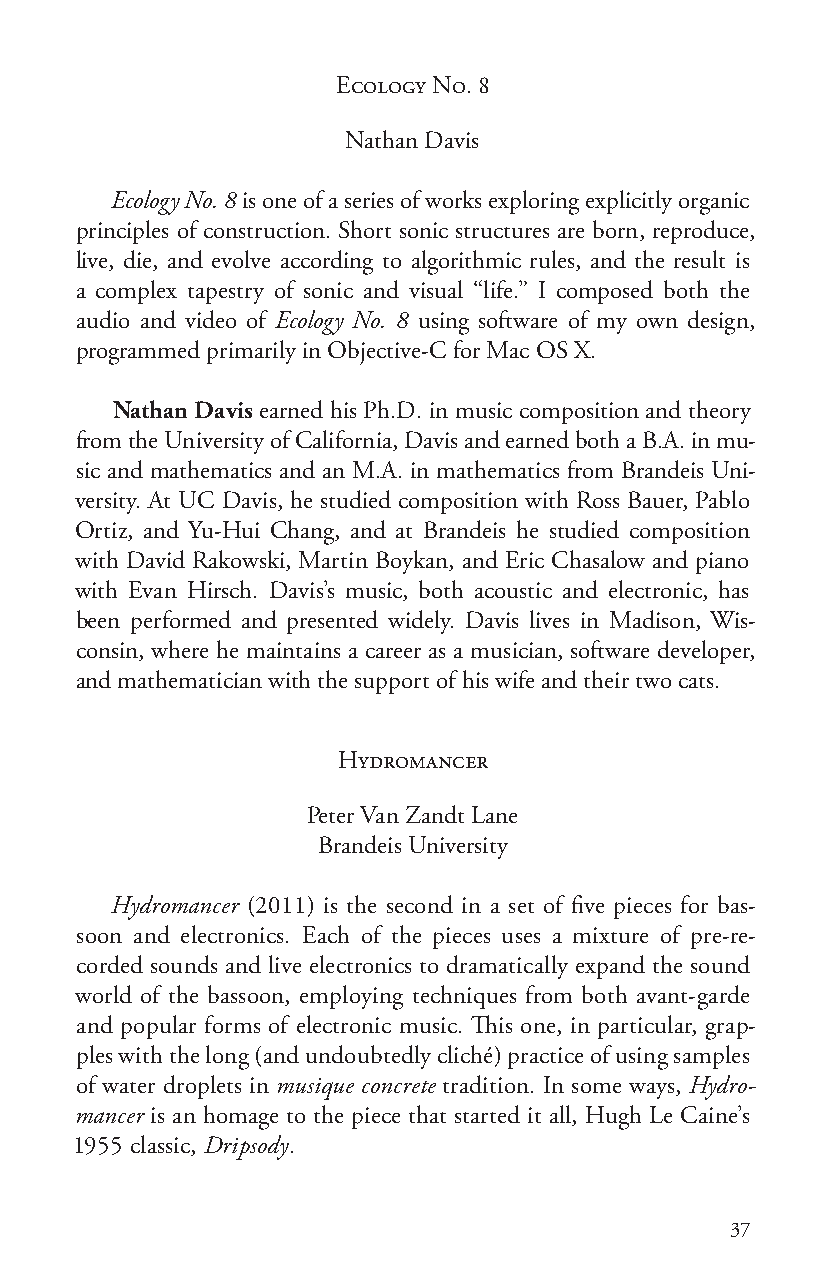
Ecology No. 8
 Nathan Davis
 Ecology No. 8 is one of a series of works exploring explicitly organic
 principles of construction. Short sonic structures are born, reproduce,
 live, die, and evolve according to algorithmic rules, and the result is
 a complex tapestry of sonic and visual “life.” I composed both the
 audio and video of Ecology No. 8 using software of my own design,
 programmed primarily in Objective-C for Mac OS X.
 Nathan Davis earned his Ph.D. in music composition and theory
 from the University of California, Davis and earned both a B.A. in mu-
 sic and mathematics and an M.A. in mathematics from Brandeis Uni-
 versity. At UC Davis, he studied composition with Ross Bauer, Pablo
 Ortiz, and Yu-Hui Chang, and at Brandeis he studied composition
 with David Rakowski, Martin Boykan, and Eric Chasalow and piano
 with Evan Hirsch. Davis’s music, both acoustic and electronic, has
 been performed and presented widely. Davis lives in Madison, Wis-
 consin, where he maintains a career as a musician, software developer,
 and mathematician with the support of his wife and their two cats.
 Hydromancer
 Peter Van Zandt Lane
 Brandeis University
 Hydromancer (2011) is the second in a set of five pieces for bas-
 soon and electronics. Each of the pieces uses a mixture of pre-re-
 corded sounds and live electronics to dramatically expand the sound
 world of the bassoon, employing techniques from both avant-garde
 and popular forms of electronic music. This one, in particular, grap-
 ples with the long (and undoubtedly cliché) practice of using samples
 of water droplets in musique concrete tradition. In some ways, Hydro-
 mancer is an homage to the piece that started it all, Hugh Le Caine’s
 1955 classic, Dripsody.
 37